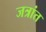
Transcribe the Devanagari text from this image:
जत्रांत